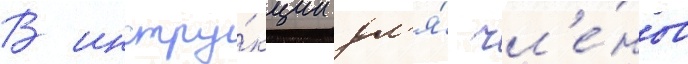
В инстру́кции дл'я́ чл'е́нов